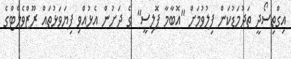
އިގްތިސޯދީ ތަދުމަޑުކަން ފިލުވުމަށް "އޮބާމާ ޕޮލިސީ" ގެ ދަށުން އެޅުއްވި ފިޔަވަޅުތައް ރޫޒްވެލްޓްގެ